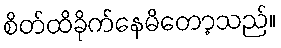
စိတ်ထိခိုက်နေမိတော့သည်။